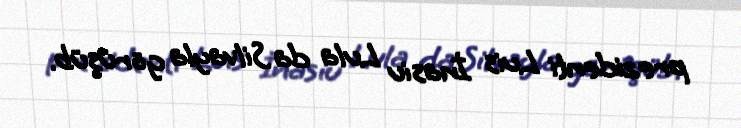
prezidenti Luis İnasiu Lula da Silvayla görüşüb.